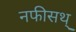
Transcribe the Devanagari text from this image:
नफीसथ्